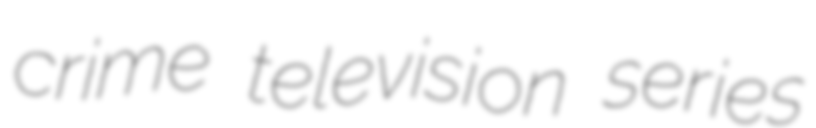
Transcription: crime television series